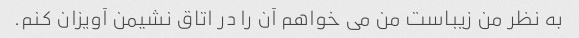
به نظر من زیباست من می خواهم آن را در اتاق نشیمن آویزان کنم.